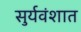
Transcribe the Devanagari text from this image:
सुर्यवंशात